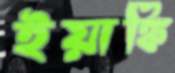
ইয়াঙ্কি